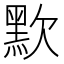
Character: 㱄